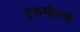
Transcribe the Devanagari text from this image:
हुकमीपणे